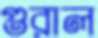
গুরাল